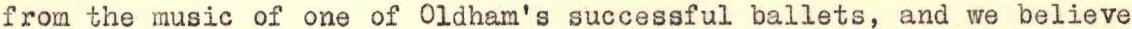
from the music of one of Oldham's successful ballets, and we believe